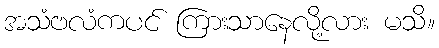
အသံဗလံကပင် ကြားသာနေလို့လား မသိ။